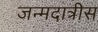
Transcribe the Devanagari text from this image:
जन्मदात्रीस